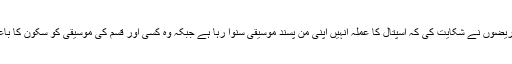
اسی طرح کچھ مریضوں نے شکایت کی کہ اسپتال کا عملہ انہیں اپنی من پسند موسیقی سنوا رہا ہے جبکہ وہ کسی اور قسم کی موسیقی کو سکون کا باعث سمجھتے ہیں۔